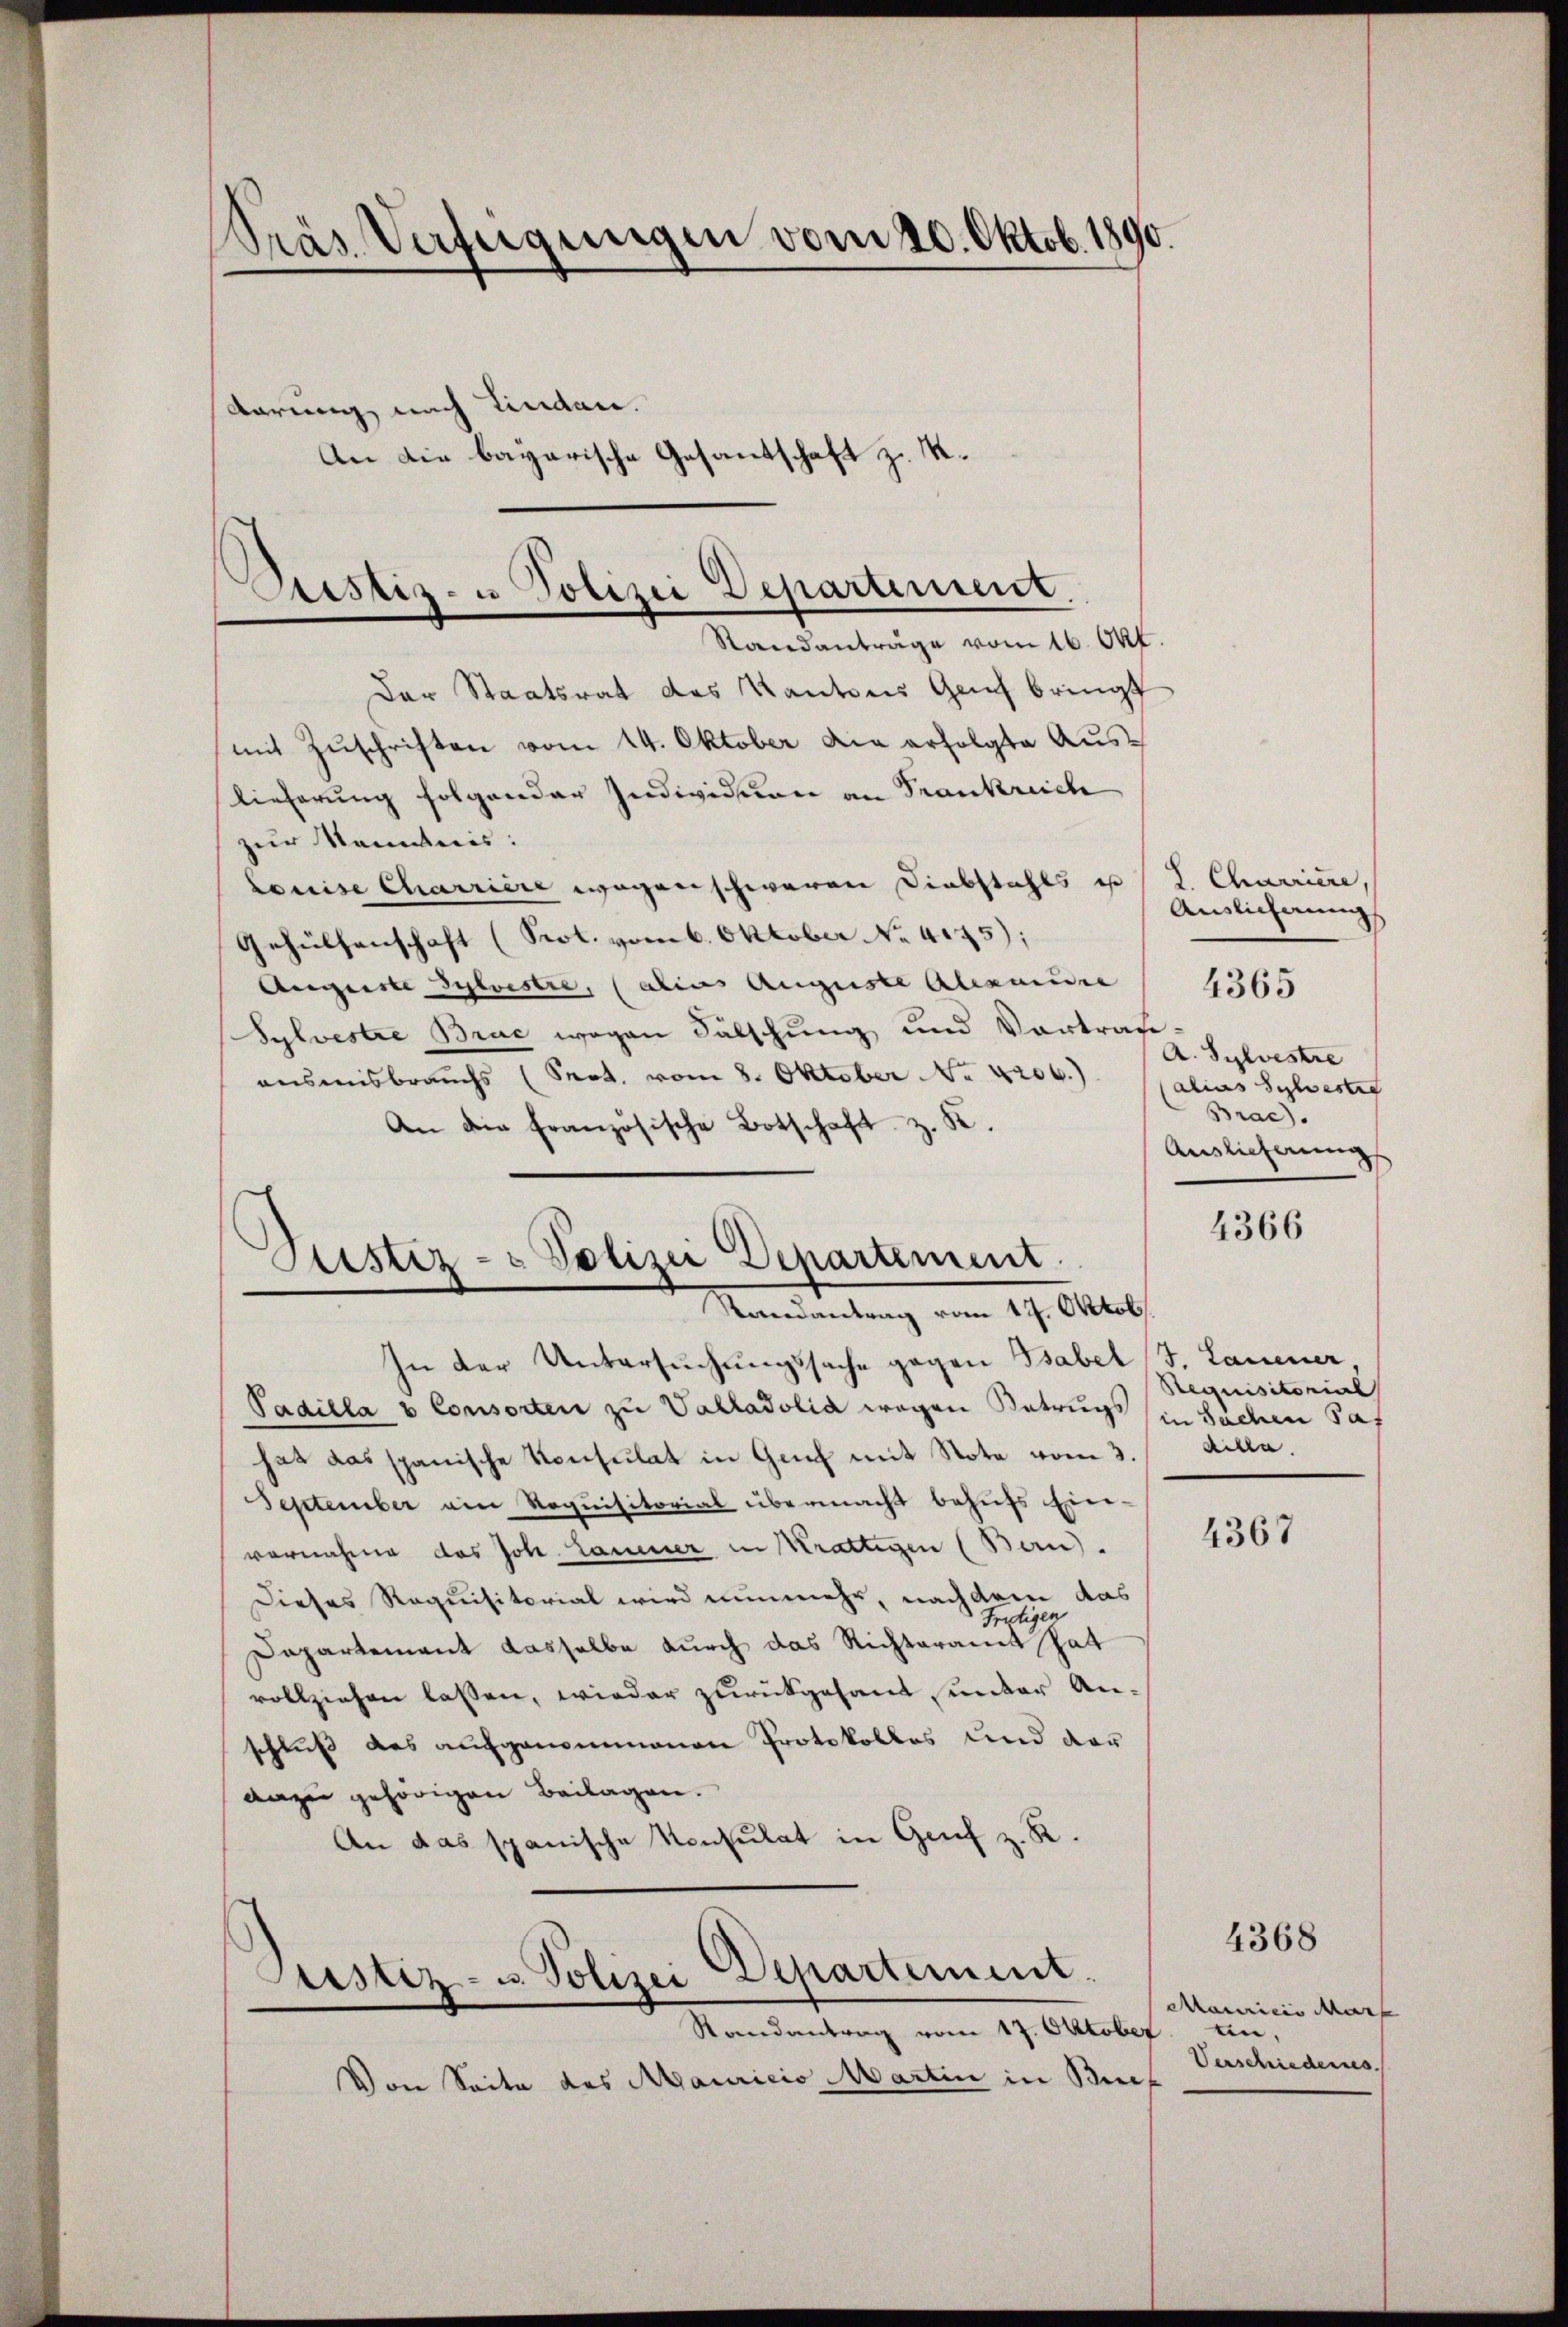
träs Verfügungen vom 20. Oktob. 1890.
darung nach Lindau.
An die bayarische Gesantschaft z. K.

Prestiz- u Polizei Departement.
Standanträge vom 16. Okt.

Der Staatsrat des Kantons Genf bringt
mit Zuschriften vom 14. Oktober die erfolgte Auslieferung folgender Individuen an Frankreich
zur Kenntnis:
Louise Charrier wegenschweren Diebstahls u. (T. Charriere,
Gehülfenschaft (Prol. vom 6. Oktober No. 4175);
Auguste Sylvestie, (alius Auguste Alexandre
Sylvestre Brac wegen Fälschung und Vortrage:
ansmisbrauchs (Sept. vom 8. Oktober No. 4206.) Calias Sylvestig
An die französische Botschaft z. K.

Justiz- & Polizei Departement.
Randantrag vom 14. Oktob

In der Untersuchungssache gegen Babel J. Lauener
Padilla b Consorten zu Valladolia wegen Betrugs in Sachen Saf
hat das spanische Konsulat in Genf mit Note vom 3. dilla.
September am Requisitorial übermacht behŭfs Ein-
vornahme das Joh. Lauener in Krattigen (Bau).
Dieses Requisitorial wird nunmehr, nachdem das
Frutigen
Dapartement dasselbe durch das Richteramt hat
vollziehen lassen, wieder zurückgesand unter Anschluß das aufgenommenen Protokolles und der
dazu gehörigen Beilagen.
An das spanische Konsulat in Genf z. R.

Justiz- u. Polizei Departement.

Auslichnung
A. Sylvestre
Brac
Auslieferung

Randantrag vom 17. Oktober.
Von Seite des Mauricio Martin in Brief

4365

4366

Requisitorial

4367

4368

Mamicis Mar
tin,
Verschiedernes